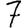
Digit: 7